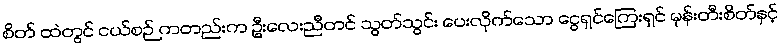
စိတ် ထဲတွင် ငယ်စဉ် ကတည်းက ဦးလေးညီတင် သွတ်သွင်း ပေးလိုက်သော ငွေရှင်ကြေးရှင် မုန်းတီးစိတ်နှင့်